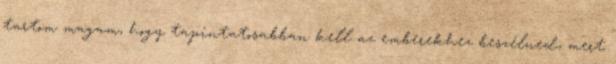
tartom magam, hogy tapintatosabban kell az emberekhez beszélned, mert